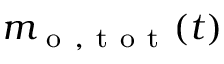
m _ { \mathrm { ~ o ~ , ~ t ~ o ~ t ~ } } ( t )